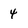
Character: 4